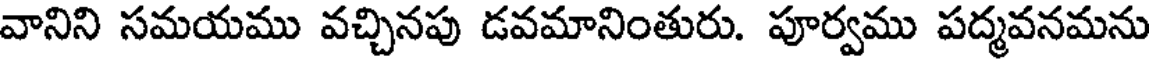
వానిని సమయము వచ్చినపు డవమానింతురు. పూర్వము పద్మవనమను